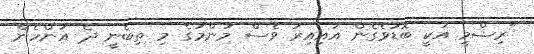
"ރިޝްމީ އަކީ ބޮޑުވެގެން އައިއިރު ވެސް މަންމަގެ މި ތިބެނީ ދެ އަންހެން